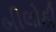
બીલોઠી